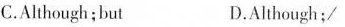
C.Although;but D.Although;/